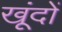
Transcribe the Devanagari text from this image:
खूंदों